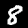
Digit: 8